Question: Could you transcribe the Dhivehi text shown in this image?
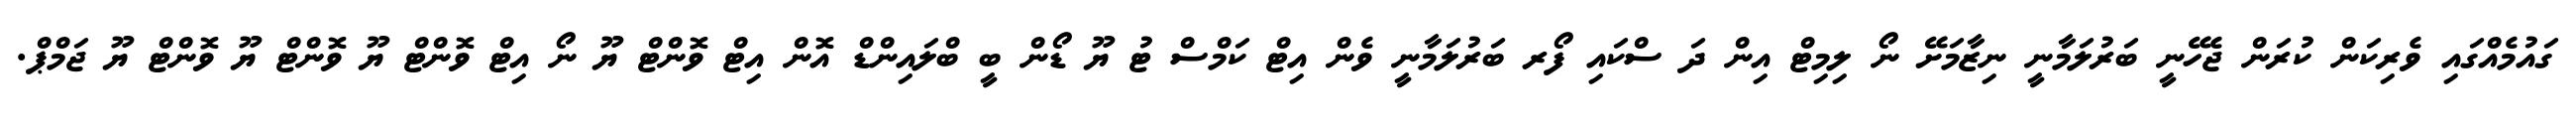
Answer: ގައުމެއްގައި ވެރިކަން ކުރަން ޖެހޭނީ ބަރުލަމާނީ ނިޒާމަށޭ ނޯ ލިމިޓް އިން ދަ ސްކައި ފޯރ ބަރުލަމާނީ ވެން އިޓް ކަމްސް ޓު ޔޫ ޑޯން ބީ ބްލައިންޑް އޮން އިޓް ވޮންޓް ޔޫ ނޯ އިޓް ވޮންޓް ޔޫ ވޮންޓް ޔޫ ވޮންޓް ޔޫ ޖަމްޕް.